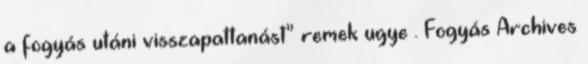
a fogyás utáni visszapattanást” remek ugye . Fogyás Archives